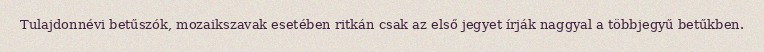
Tulajdonnévi betűszók, mozaikszavak esetében ritkán csak az első jegyet írják naggyal a többjegyű betűkben.